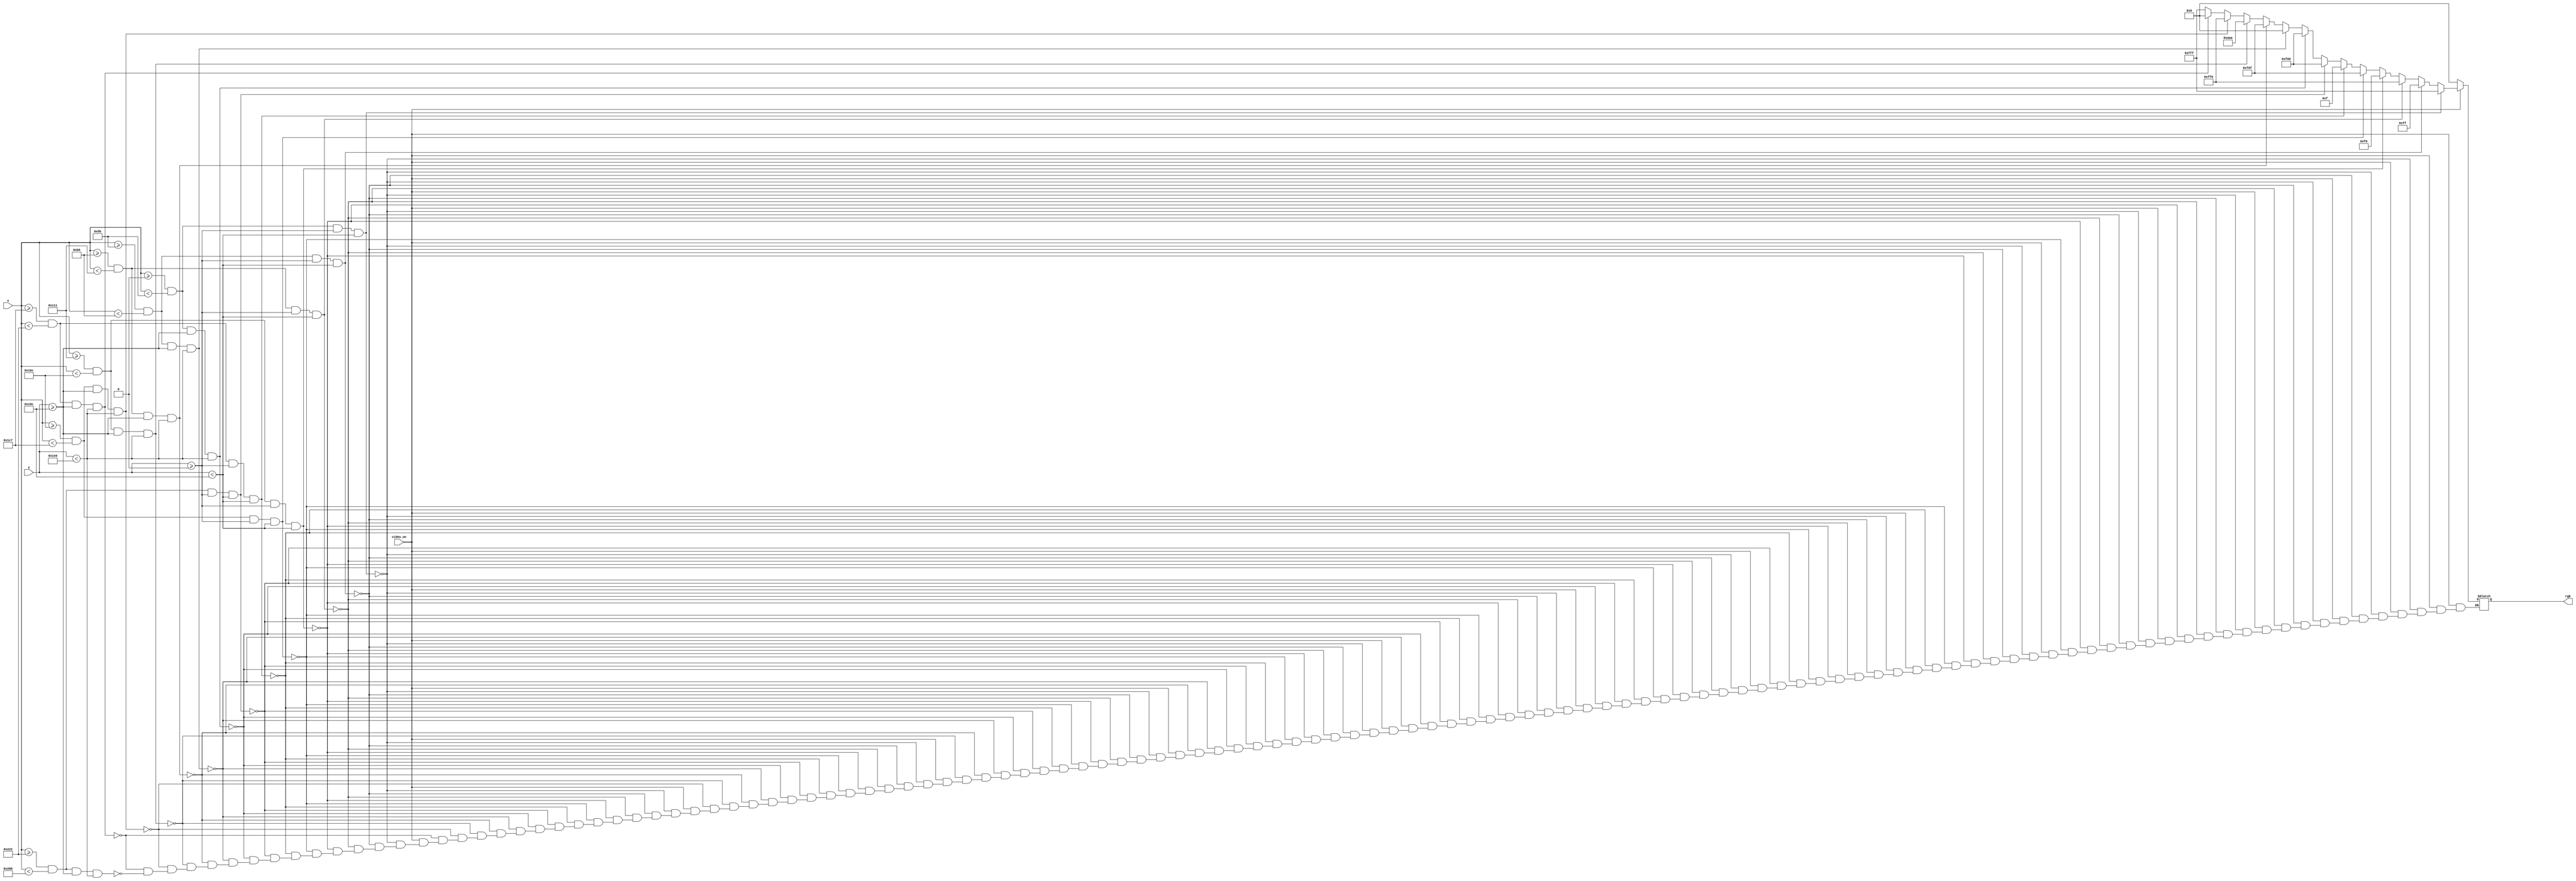
// This program was cloned from: https://github.com/FPGADude/Digital-Design
// License: GNU General Public License v3.0

`timescale 1ns / 1ps

module pixel_generation(
    input video_on,
    input [9:0] x, y,
    output reg [11:0] rgb
    );
    
    // RGB Color Values
    parameter RED    = 12'h00F;
    parameter GREEN  = 12'h0F0;
    parameter BLUE   = 12'hF00;
    parameter YELLOW = 12'h0FF;     // RED and GREEN
    parameter AQUA   = 12'hFF0;     // GREEN and BLUE
    parameter VIOLET = 12'hF0F;     // RED and BLUE
    parameter WHITE  = 12'hFFF;     // all ON
    parameter BLACK  = 12'h000;     // all OFF
    parameter GRAY   = 12'hAAA;     // some of each color
    
    // Pixel Location Status Signals
    wire u_white_on, u_yellow_on, u_aqua_on, u_green_on, u_violet_on, u_red_on, u_blue_on;
    wire l_blue_on, l_black1_on, l_violet_on, l_gray_on, l_aqua_on, l_black2_on, l_white_on;
    
    // Drivers for Status Signals
    // Upper Sections
    assign u_white_on  = ((x >= 0)   && (x < 91)   &&  (y >= 0) && (y < 412));
    assign u_yellow_on = ((x >= 91)  && (x < 182)  &&  (y >= 0) && (y < 412));
    assign u_aqua_on   = ((x >= 182) && (x < 273)  &&  (y >= 0) && (y < 412));
    assign u_green_on  = ((x >= 273) && (x < 364)  &&  (y >= 0) && (y < 412));
    assign u_violet_on = ((x >= 364) && (x < 455)  &&  (y >= 0) && (y < 412));
    assign u_red_on    = ((x >= 455) && (x < 546)  &&  (y >= 0) && (y < 412));
    assign u_blue_on   = ((x >= 546) && (x < 640)  &&  (y >= 0) && (y < 412));
    // Lower Sections
    assign l_blue_on   = ((x >= 0)   && (x < 91)   &&  (y >= 412) && (y < 480));
    assign l_black1_on = ((x >= 91)  && (x < 182)  &&  (y >= 412) && (y < 480));
    assign l_violet_on = ((x >= 182) && (x < 273)  &&  (y >= 412) && (y < 480));
    assign l_gray_on   = ((x >= 273) && (x < 364)  &&  (y >= 412) && (y < 480));
    assign l_aqua_on   = ((x >= 364) && (x < 455)  &&  (y >= 412) && (y < 480));
    assign l_black2_on = ((x >= 455) && (x < 546)  &&  (y >= 412) && (y < 480));
    assign l_white_on  = ((x >= 546) && (x < 640)  &&  (y >= 412) && (y < 480));
    
    // Set RGB output value based on status signals
    always @*
        if(~video_on)
            rgb = BLACK;
        else
            if(u_white_on)
                rgb = WHITE;
            else if(u_yellow_on)
                rgb = YELLOW;
            else if(u_aqua_on)
                rgb = AQUA;
            else if(u_green_on)
                rgb = GREEN;
            else if(u_violet_on)
                rgb = VIOLET;
            else if(u_red_on)
                rgb = RED;
            else if(u_blue_on)
                rgb = BLUE;
            else if(l_blue_on)
                rgb = BLUE;
            else if(l_black1_on)
                rgb = BLACK;
            else if(l_violet_on)
                rgb = VIOLET;
            else if(l_gray_on)
                rgb = GRAY;
            else if(l_aqua_on)
                rgb = AQUA;
            else if(l_black2_on)
                rgb = BLACK;
            else if(l_white_on)
                rgb = WHITE;
       
endmodule